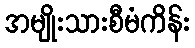
အမျိုးသားစီမံကိန်း